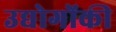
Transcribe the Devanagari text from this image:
उद्योगोंकी